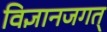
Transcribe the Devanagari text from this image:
विज्ञानजगत्‌